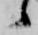
候